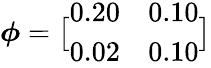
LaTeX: \boldsymbol{\phi}=\bigl[\begin{array}{ll}{0.20}&{0.10}\\ {0.02}&{0.10}\end{array}\bigr]